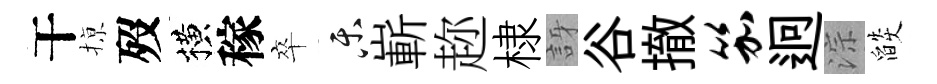
干𢱊歿横稼卒乐嶄趂棣訝谷撤笳迥淙燄